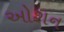
ઓશન